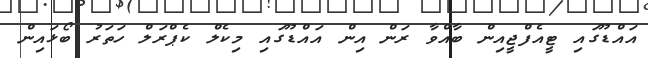
އައްޑޫގައި ޓީއެފްޖީއިން ބާއްވާ ރަން އިން އައްޑޫގައި މިކެލް ކެޕްރަލް ހަތަރު ބޯޅައިން